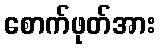
စောက်ဖုတ်အား